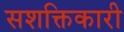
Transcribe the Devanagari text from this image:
सशक्तिकारी